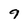
Character: 9